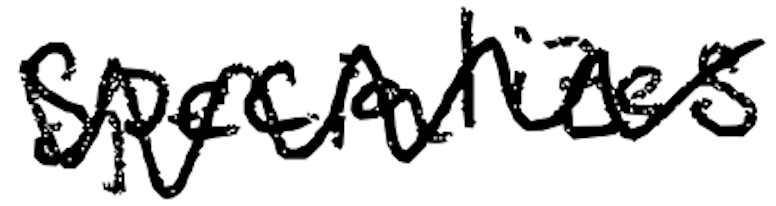
Text: specializes
Cross-out: zig-zag
Writing tool: digital_black